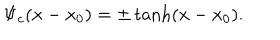
LaTeX: \Psi _ { c } ( x - x _ { 0 } ) = \pm \tanh ( x - x _ { 0 } ) .